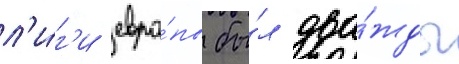
л'и́г'и евро́пы бы́л два́жды